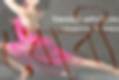
ধোবী